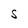
Character: S